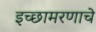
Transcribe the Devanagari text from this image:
इच्छामरणाचे